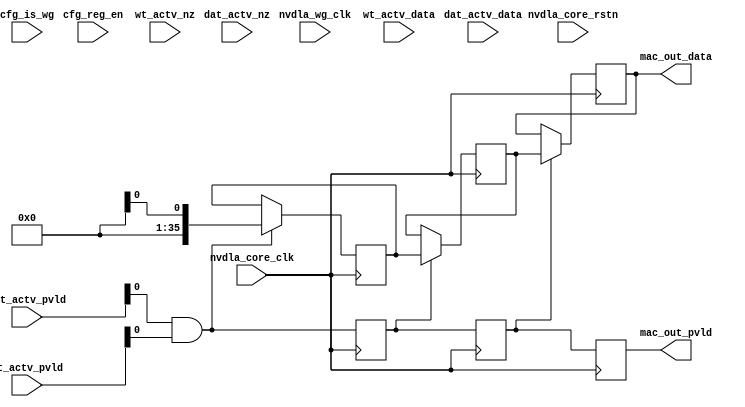
module mac_unit (
   nvdla_core_clk
  ,nvdla_wg_clk 
  ,nvdla_core_rstn
  ,cfg_is_wg 
  ,cfg_reg_en 
  ,dat_actv_data
  ,dat_actv_nz 
  ,dat_actv_pvld
  ,wt_actv_data 
  ,wt_actv_nz 
  ,wt_actv_pvld 
  ,mac_out_data 
  ,mac_out_pvld 
  );
input nvdla_core_clk;
input nvdla_wg_clk;
input nvdla_core_rstn;
input cfg_is_wg;
input cfg_reg_en;
input [8*16 -1:0] dat_actv_data;
input [8 -1:0] dat_actv_nz;
input [8 -1:0] dat_actv_pvld;
input [8*16 -1:0] wt_actv_data;
input [8 -1:0] wt_actv_nz;
input [8 -1:0] wt_actv_pvld;
output [35:0] mac_out_data;
output mac_out_pvld;

wire [15:0] wt_actv_data0 = wt_actv_data[15:0];
wire [15:0] dat_actv_data0 = dat_actv_data[15:0];
wire wt_actv_nz0 = wt_actv_nz[0];
wire dat_actv_nz0 = dat_actv_nz[0];

wire [15:0] wt_actv_data1 = wt_actv_data[31:16];
wire [15:0] dat_actv_data1 = dat_actv_data[31:16];
wire wt_actv_nz1 = wt_actv_nz[1];
wire dat_actv_nz1 = dat_actv_nz[1];

wire [15:0] wt_actv_data2 = wt_actv_data[47:32];
wire [15:0] dat_actv_data2 = dat_actv_data[47:32];
wire wt_actv_nz2 = wt_actv_nz[2];
wire dat_actv_nz2 = dat_actv_nz[2];

wire [15:0] wt_actv_data3 = wt_actv_data[63:48];
wire [15:0] dat_actv_data3 = dat_actv_data[63:48];
wire wt_actv_nz3 = wt_actv_nz[3];
wire dat_actv_nz3 = dat_actv_nz[3];

wire [15:0] wt_actv_data4 = wt_actv_data[79:64];
wire [15:0] dat_actv_data4 = dat_actv_data[79:64];
wire wt_actv_nz4 = wt_actv_nz[4];
wire dat_actv_nz4 = dat_actv_nz[4];

wire [15:0] wt_actv_data5 = wt_actv_data[95:80];
wire [15:0] dat_actv_data5 = dat_actv_data[95:80];
wire wt_actv_nz5 = wt_actv_nz[5];
wire dat_actv_nz5 = dat_actv_nz[5];

wire [15:0] wt_actv_data6 = wt_actv_data[111:96];
wire [15:0] dat_actv_data6 = dat_actv_data[111:96];
wire wt_actv_nz6 = wt_actv_nz[6];
wire dat_actv_nz6 = dat_actv_nz[6];

wire [15:0] wt_actv_data7 = wt_actv_data[127:112];
wire [15:0] dat_actv_data7 = dat_actv_data[127:112];
wire wt_actv_nz7 = wt_actv_nz[7];
wire dat_actv_nz7 = dat_actv_nz[7];


`ifdef DESIGNWARE_NOEXIST
wire signed [35:0] sum_out;
wire [8 -1:0] op_out_pvld;

assign op_out_pvld[0] = wt_actv_pvld[0] & dat_actv_pvld[0] & wt_actv_nz0 & dat_actv_nz0;
wire signed [31:0] mout_0;
mul_unit u_mul_0 (
  .a                  (wt_actv_data0)   //|< r
  ,.b                 (dat_actv_data0)  //|< r
  ,.out               (mout_0[31:0])     //|> w
  );
assign op_out_pvld[1] = wt_actv_pvld[1] & dat_actv_pvld[1] & wt_actv_nz1 & dat_actv_nz1;
wire signed [31:0] mout_1;
mul_unit u_mul_1 (
  .a                  (wt_actv_data1)   //|< r
  ,.b                 (dat_actv_data1)  //|< r
  ,.out               (mout_1[31:0])     //|> w
  );
assign op_out_pvld[2] = wt_actv_pvld[2] & dat_actv_pvld[2] & wt_actv_nz2 & dat_actv_nz2;
wire signed [31:0] mout_2;
mul_unit u_mul_2 (
  .a                  (wt_actv_data2)   //|< r
  ,.b                 (dat_actv_data2)  //|< r
  ,.out               (mout_2[31:0])     //|> w
  );
assign op_out_pvld[3] = wt_actv_pvld[3] & dat_actv_pvld[3] & wt_actv_nz3 & dat_actv_nz3;
wire signed [31:0] mout_3;
mul_unit u_mul_3 (
  .a                  (wt_actv_data3)   //|< r
  ,.b                 (dat_actv_data3)  //|< r
  ,.out               (mout_3[31:0])     //|> w
  );
assign op_out_pvld[4] = wt_actv_pvld[4] & dat_actv_pvld[4] & wt_actv_nz4 & dat_actv_nz4;
wire signed [31:0] mout_4;
mul_unit u_mul_4 (
  .a                  (wt_actv_data4)   //|< r
  ,.b                 (dat_actv_data4)  //|< r
  ,.out               (mout_4[31:0])     //|> w
  );
assign op_out_pvld[5] = wt_actv_pvld[5] & dat_actv_pvld[5] & wt_actv_nz5 & dat_actv_nz5;
wire signed [31:0] mout_5;
mul_unit u_mul_5 (
  .a                  (wt_actv_data5)   //|< r
  ,.b                 (dat_actv_data5)  //|< r
  ,.out               (mout_5[31:0])     //|> w
  );
assign op_out_pvld[6] = wt_actv_pvld[6] & dat_actv_pvld[6] & wt_actv_nz6 & dat_actv_nz6;
wire signed [31:0] mout_6;
mul_unit u_mul_6 (
  .a                  (wt_actv_data6)   //|< r
  ,.b                 (dat_actv_data6)  //|< r
  ,.out               (mout_6[31:0])     //|> w
  );
assign op_out_pvld[7] = wt_actv_pvld[7] & dat_actv_pvld[7] & wt_actv_nz7 & dat_actv_nz7;
wire signed [31:0] mout_7;
mul_unit u_mul_7 (
  .a                  (wt_actv_data7)   //|< r
  ,.b                 (dat_actv_data7)  //|< r
  ,.out               (mout_7[31:0])     //|> w
  );
assign sum_out = 
    mout_0
    + mout_1
    + mout_2
    + mout_3
    + mout_4
    + mout_5
    + mout_6
    + mout_7
; 
`endif

wire pp_pvld_d0 = (dat_actv_pvld[0] & wt_actv_pvld[0]);
wire [35:0] sum_out_d0 = sum_out;
reg [35:0] sum_out_d0_d1;
always @(posedge nvdla_core_clk) begin
    if ((pp_pvld_d0)) begin
        sum_out_d0_d1[35:0] <= sum_out_d0[35:0];
    end
end

reg pp_pvld_d0_d1;
always @(posedge nvdla_core_clk) begin
    pp_pvld_d0_d1 <= pp_pvld_d0;
end

reg [35:0] sum_out_d0_d2;
always @(posedge nvdla_core_clk) begin
    if ((pp_pvld_d0_d1)) begin
        sum_out_d0_d2[35:0] <= sum_out_d0_d1[35:0];
    end
end

reg pp_pvld_d0_d2;
always @(posedge nvdla_core_clk) begin
    pp_pvld_d0_d2 <= pp_pvld_d0_d1;
end

reg [35:0] sum_out_d0_d3;
always @(posedge nvdla_core_clk) begin
    if ((pp_pvld_d0_d2)) begin
        sum_out_d0_d3[35:0] <= sum_out_d0_d2[35:0];
    end
end

reg pp_pvld_d0_d3;
always @(posedge nvdla_core_clk) begin
    pp_pvld_d0_d3 <= pp_pvld_d0_d2;
end

wire [35:0] sum_out_dd;
assign sum_out_dd = sum_out_d0_d3;

wire pp_pvld_dd;
assign pp_pvld_dd = pp_pvld_d0_d3;

assign mac_out_pvld=pp_pvld_dd;
assign mac_out_data=sum_out_dd;
endmodule